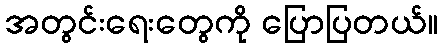
အတွင်းရေးတွေကို ပြောပြတယ်။